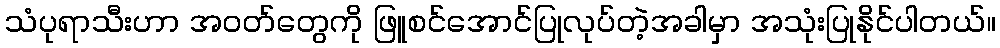
သံပုရာသီးဟာ အဝတ်တွေကို ဖြူစင်အောင်ပြုလုပ်တဲ့အခါမှာ အသုံးပြုနိုင်ပါတယ်။